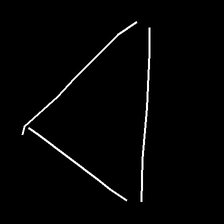
Glyph: convergence